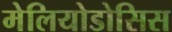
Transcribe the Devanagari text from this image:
मेलियोडोसिस